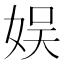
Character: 娱